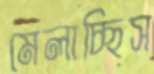
মেলাচ্ছিস